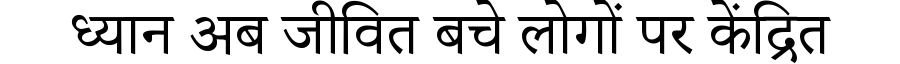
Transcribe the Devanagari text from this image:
ध्यान अब जीवित बचे लोगों पर केंद्रित